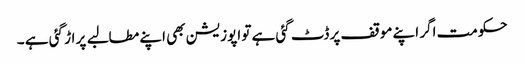
حکومت اگر اپنے موقف پر ڈٹ گئی ہے تو اپوزیشن بھی اپنے مطالبے پر اڑ گئی ہے ۔